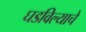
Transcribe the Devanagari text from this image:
घडविल्याचे